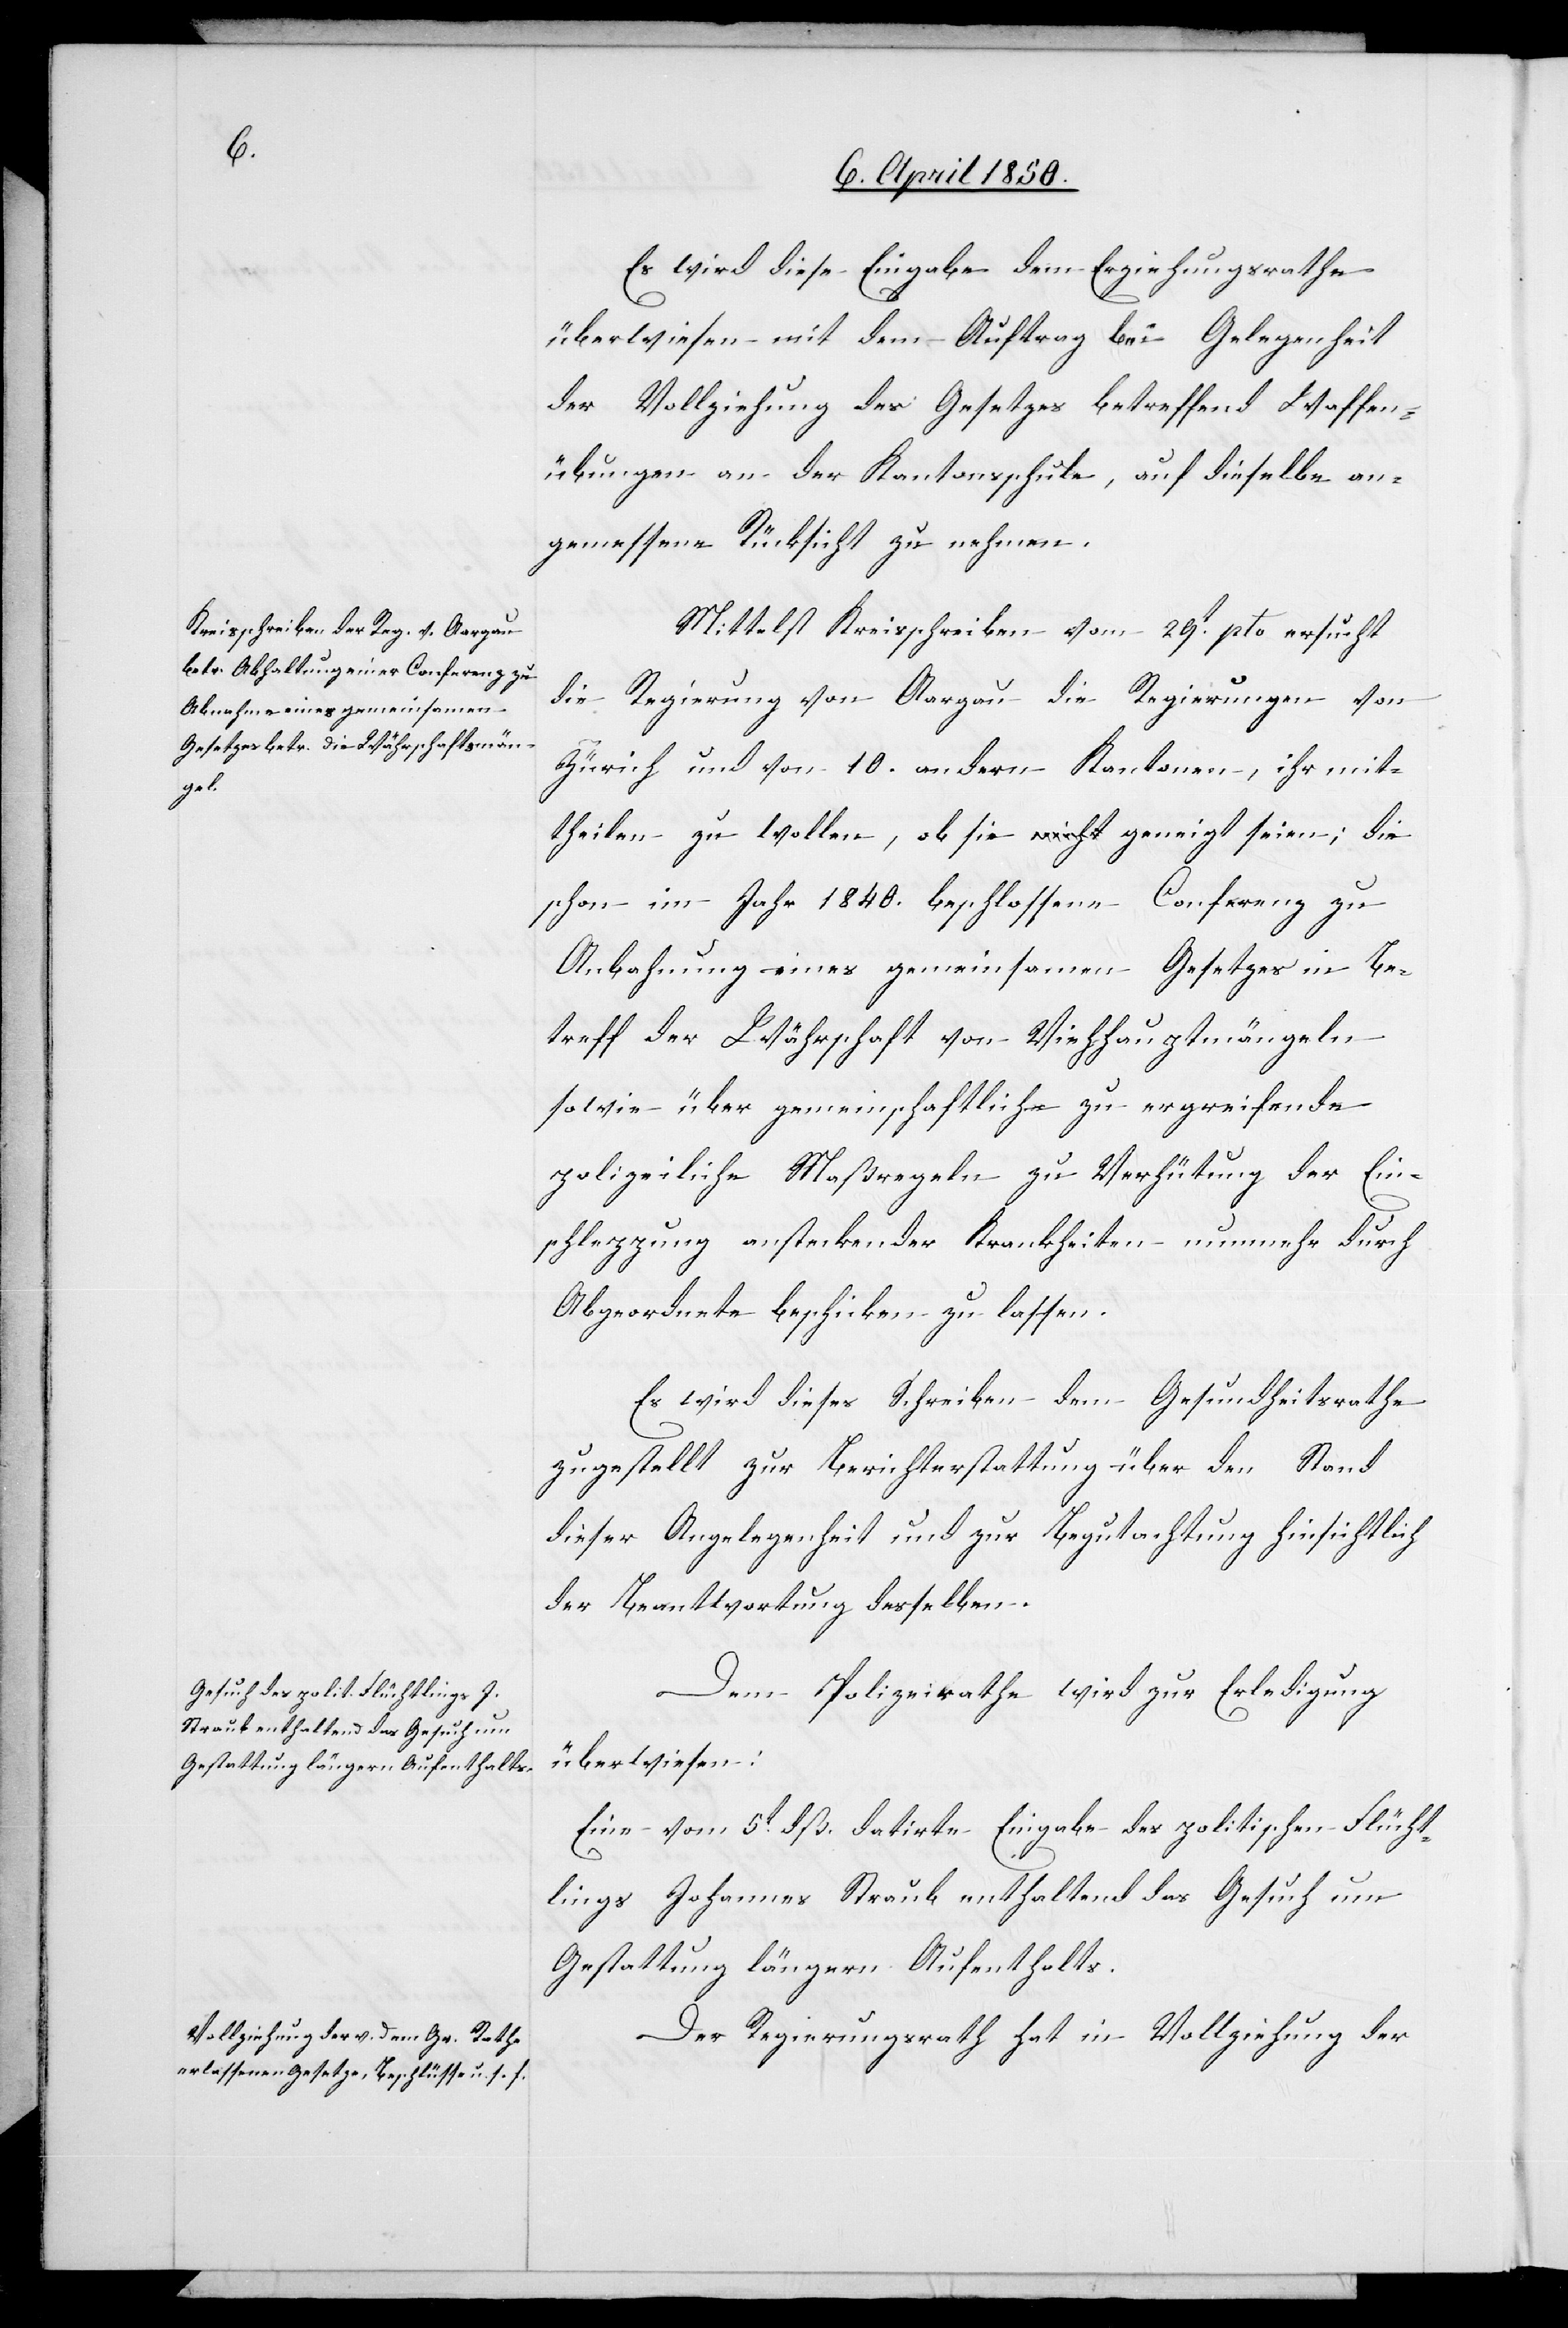
Es wird diese Eingabe dem Erziehungsrathe
überwiesen mit dem Auftrag bei Gelegenheit
der Vollziehung des Gesetzes betreffend Waffen¬
übungen an der Kantonsschule, auf dieselben an¬
gemessene Rücksicht zu nehmen.
Mittelst Kreisschreiben vom 29t pto ersucht
die Regierung von Aargau die Regierungen von
Zürich und von 10. andern Kantonen, ihr mit¬
theilen zu wollen, ob sie geneigt seien, die
schon im Jahr 1840. beschlossene Conferenz zu
Anbahnung eines gemeinsamen Gesetzes in Be¬
treff der Währschaft von Viehhauptmängeln
sowie über gemeinschaftliche zu ergreifende
polizeiliche Maßregeln zu Verhütung der Ein¬
schleppung ansteckender Krankheiten nunmehr durch
Abgeordnete beschicken zu lassen.
Es wird dieses Schreiben dem Gesundheitsrathe
zugestellt zur Berichterstattung über den Stand
dieser Angelegenheit und zur Begutachtung hinsichtlich
der Beantwortung desselben.
Dem Polizeirathe wird zur Erledigung
überwiesen:
Eine vom 5t dß. datirte Eingabe des politischen Flücht¬
lings Johannes Straub enthaltend das Gesuch um
Gestattung längern Aufenthalts.
Der Regierungsrath hat in Vollziehung der